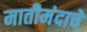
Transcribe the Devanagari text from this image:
मातीमंदाचे